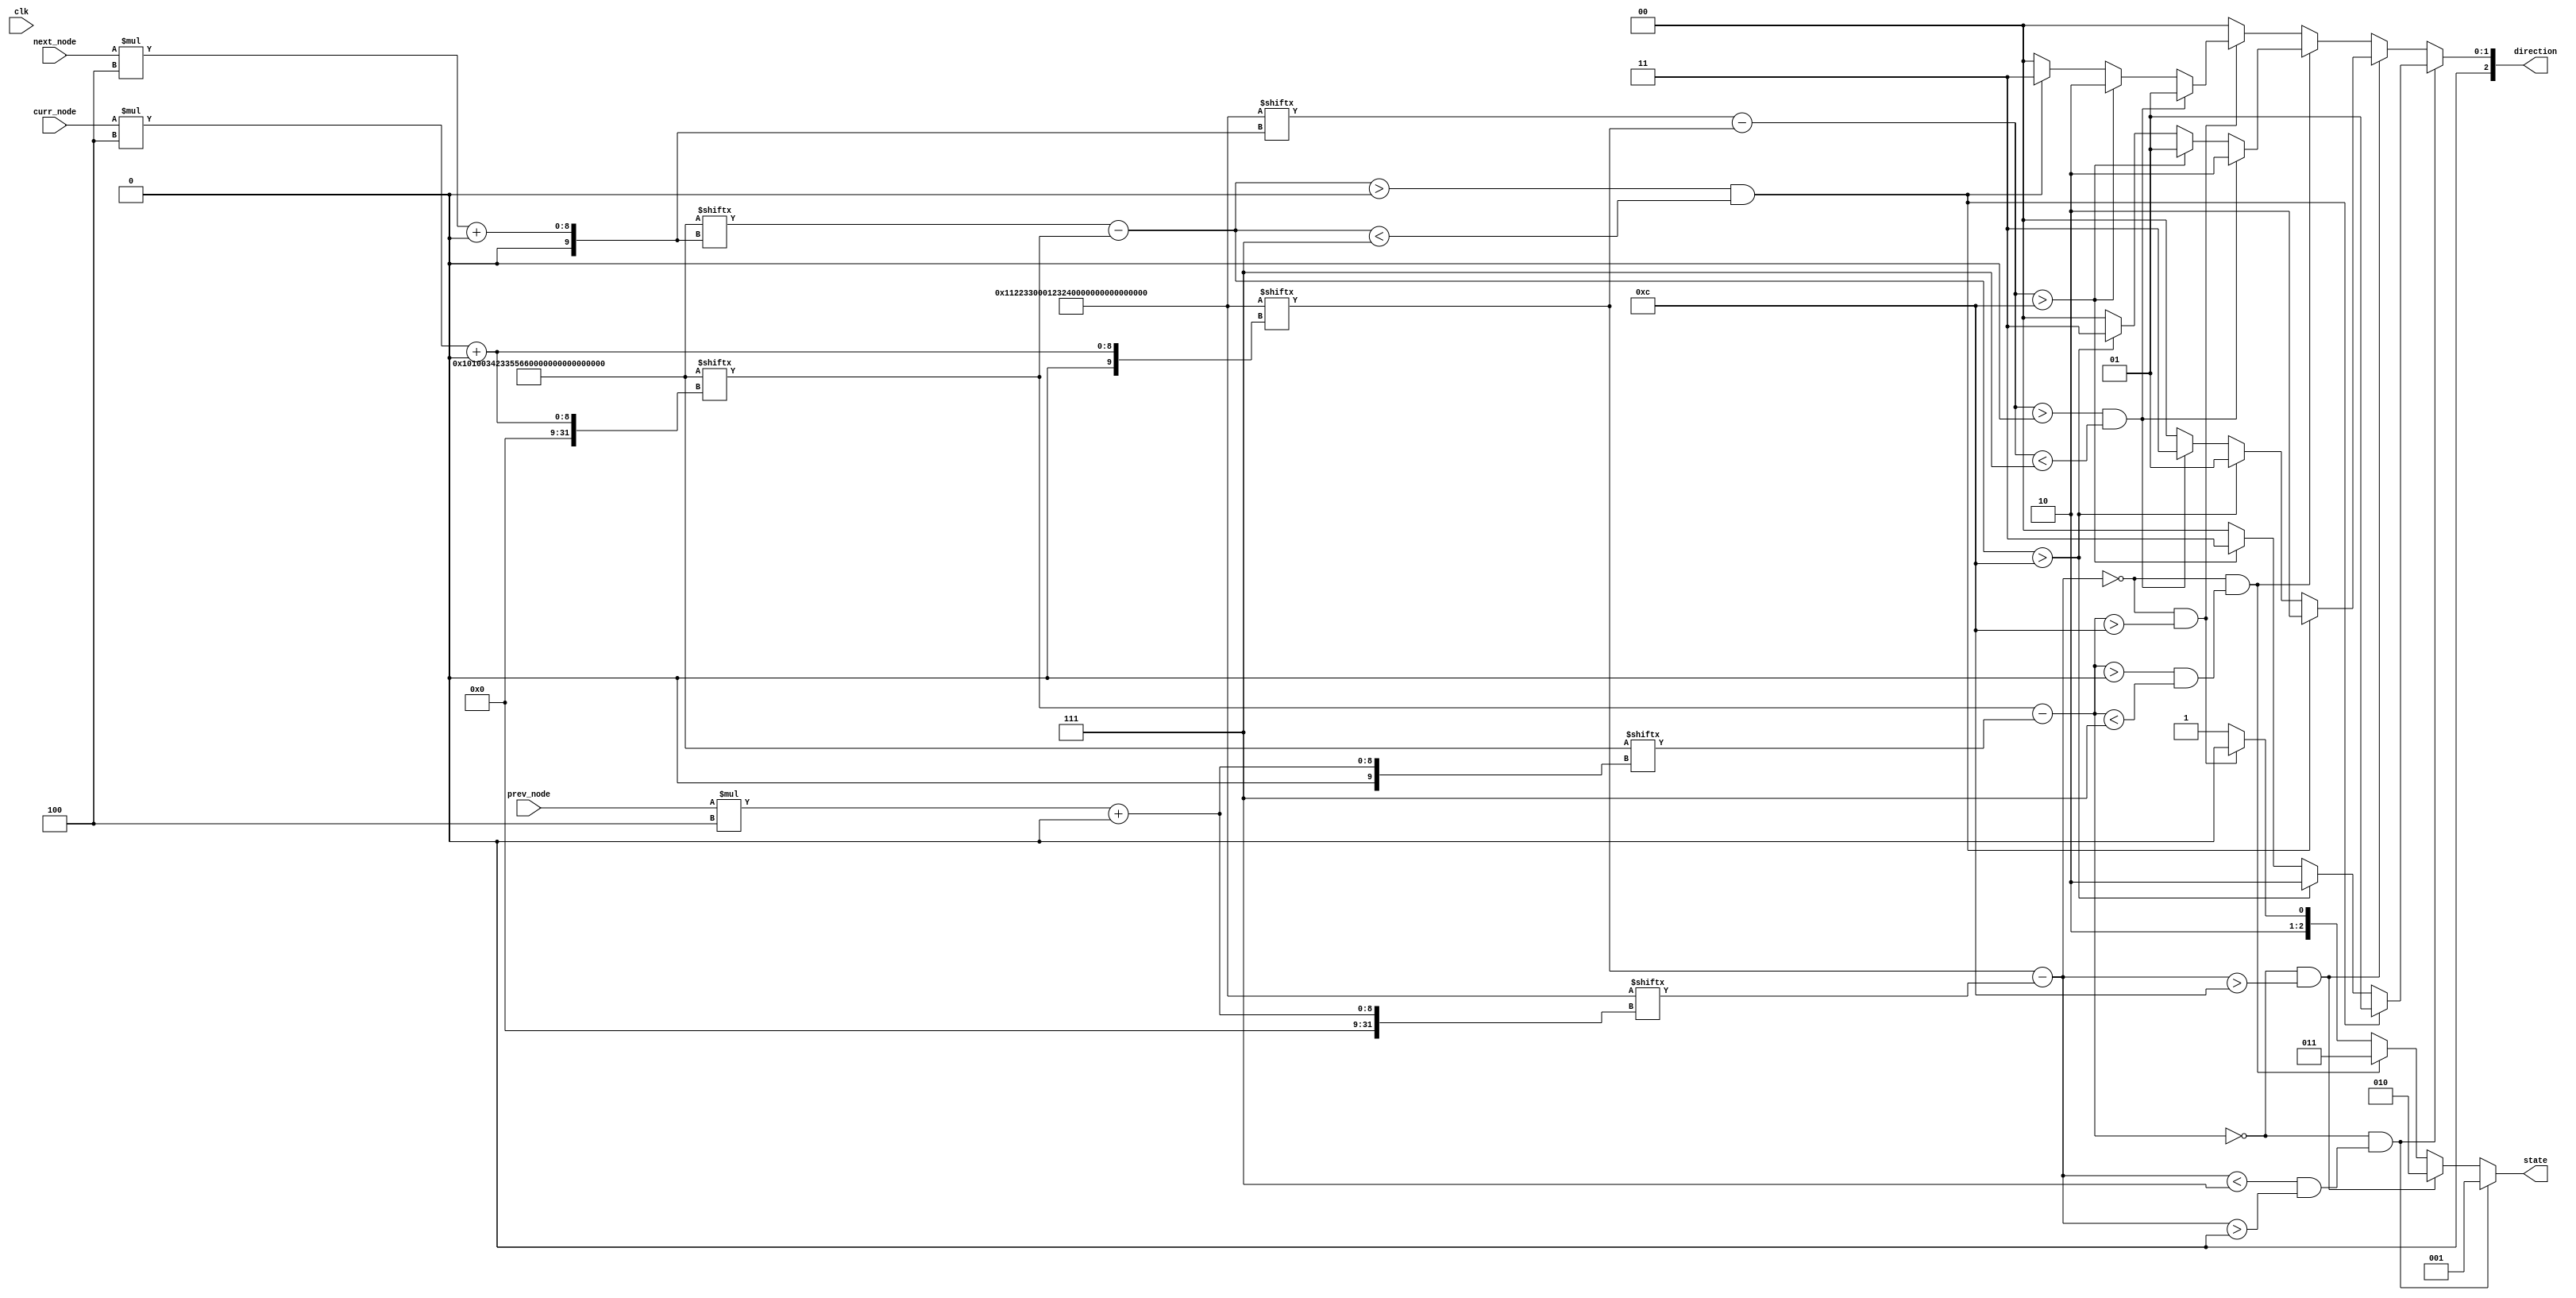
module dummy(
		input clk,
		input [4:0] prev_node, curr_node, next_node,
		output reg [2:0] direction,
//		output [9:0] index_p, index_c, index_n,
//		output [3:0] orientation_x, orientation_y, direction_x, direction_y,
		output reg [2:0] state
);
//                   29   28   27   26   25   24   23   22   21   20   19   18   17   16   15   14   13   12   11   10   9    8    7    6    5    4    3    2    1    0

parameter x = 120'b 0001_0001_0010_0010_0011_0011_0000_0000_0000_0001_0010_0011_0010_0011_1110_1101_1101_1110_0000_0000_0000_1111_1101_1101_1110_1110_1111_1111_0000_0000;
parameter y = 120'b 0001_0000_0001_0000_0000_0011_0100_0010_0011_0011_0101_0101_0110_0110_0110_0110_0101_0101_0100_0010_0011_0011_0011_0000_0001_0000_0000_0001_0001_0000;

wire [3:0] orientation_x, orientation_y, direction_x, direction_y;
wire [9:0] index_p, index_c, index_n;

 assign index_p = prev_node*4;
 assign index_c = curr_node*4;
 assign index_n = next_node*4;
 
 assign orientation_x = x[index_c +: 4] - x[index_p +: 4];
 assign orientation_y = y[index_c +: 4] - y[index_p +: 4];
 assign direction_x = x[index_n +: 4] - x[index_c +: 4];
 assign direction_y = y[index_n +: 4] - y[index_c +: 4];
 
 
 always @(clk) begin
 
	 if (!orientation_y && (orientation_x < 7 && orientation_x > 0)) begin  // north
			if (direction_y > 0 && direction_y < 7) begin
				direction <= 3'd1;  // left
			end
			else if (direction_y > 12) begin
				direction <= 3'd2;  //right
			end
			else if (direction_x > 12) begin
				direction <= 3'd3;  // reverse
			end
			else begin
				direction <= 3'd0;
			end
			state<= 1;
	 end
	 else if (!orientation_y && (orientation_x > 12)) begin  // south
			if (direction_y>0 && direction_y<7) begin
				direction <= 3'd2;  // right
			end
			else if (direction_y > 12) begin
				direction <= 3'd1;  //left
			end
			else if (direction_x>0 && direction_x<7) begin
				direction <= 3'd3;  // reverse
			end
			else begin
				direction <= 3'd0;
			end
			state <= 2;
	 end
	 else if (!orientation_x && (orientation_y>0 && orientation_y<7)) begin //east
			if (direction_x>0 && direction_x<7) begin
				direction <= 3'd2; //right
			end
			else if (direction_x > 12) begin
				direction <= 3'd1; //left
			end
			else if (direction_y > 12) begin
				direction <= 3'd3;  // reverse
			end
			else begin
				direction <= 3'd0;
			end
			state <= 3;
	 end
	 else if (!orientation_x && (orientation_y > 12)) begin //west
			if (direction_x>0 && direction_x<7) begin
				direction <= 3'd1; //left 
			end
			else if (direction_x > 12) begin
				direction <= 3'd2; //right
			end
			else if (direction_y>0 && direction_y<7) begin
				direction <= 3'd3;  // reverse
			end
			else begin
				direction <= 3'd0;
			end
			state <= 4;
	 end
	 else begin
		direction <= 3'd0;
		state <= 5;
	 end

end
endmodule